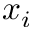
x _ { i }